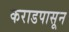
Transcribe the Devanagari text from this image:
कराडपासून